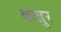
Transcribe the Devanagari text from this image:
कन्नुर